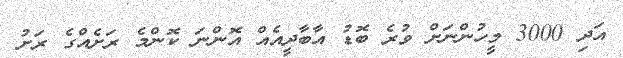
އަދި 3000 މީހުންނަށް ވުރެ ބޮޑު އާބާދީއެއް އޮންނަ ކޮންމެ ރަށެއްގެ ރަށު